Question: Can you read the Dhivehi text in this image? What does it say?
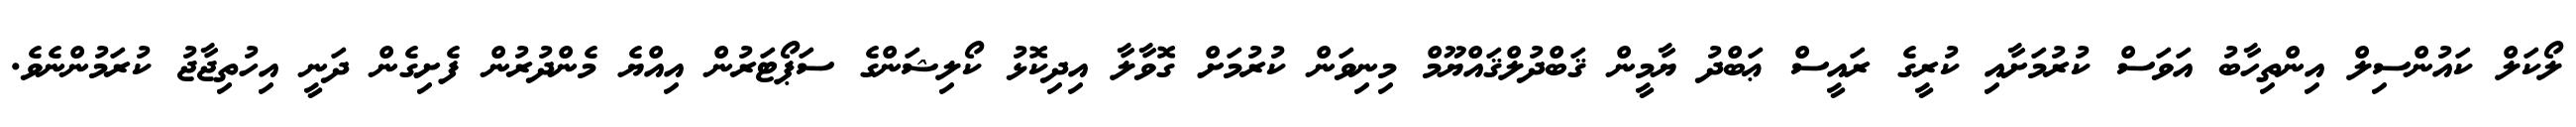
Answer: ލޯކަލް ކައުންސިލް އިންތިހާބު އަވަސް ކުރުމަށާއި ކުރީގެ ރައީސް ޢަބްދު ޔާމީން ޤަބްދުލްޤައްޔޫމް މިނިވަން ކުރުމަށް ގޮވާލާ އިދިކޮޅު ކޯލިޝަންގެ ސަޕޯޓަރުން އިއްޔެ މެންދުރުން ފެށިގެން ދަނީ އިހުތިޖާޖު ކުރަމުންނެވެ.